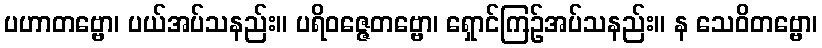
ပဟာတဗ္ဗော၊ ပယ်အပ်သနည်း။ ပရိဝဇ္ဇေတဗ္ဗော၊ ရှောင်ကြဉ်အပ်သနည်း။ န သေဝိတဗ္ဗော၊